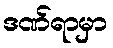
ဒဏ်ရာမှာ